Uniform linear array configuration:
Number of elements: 32
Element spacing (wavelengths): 0.5
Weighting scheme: hamming
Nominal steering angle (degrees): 30
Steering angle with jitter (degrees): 28.322
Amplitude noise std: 0.05
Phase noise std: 0.05

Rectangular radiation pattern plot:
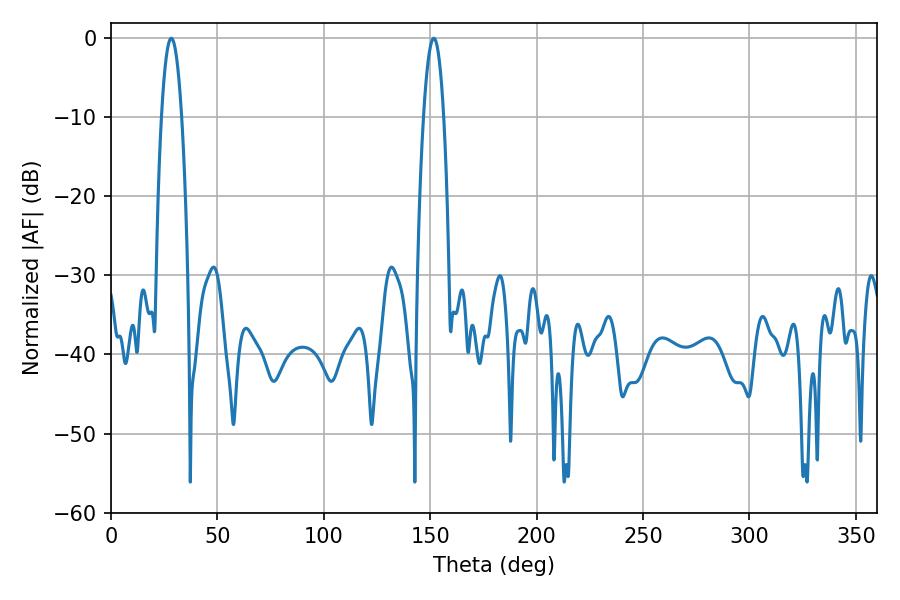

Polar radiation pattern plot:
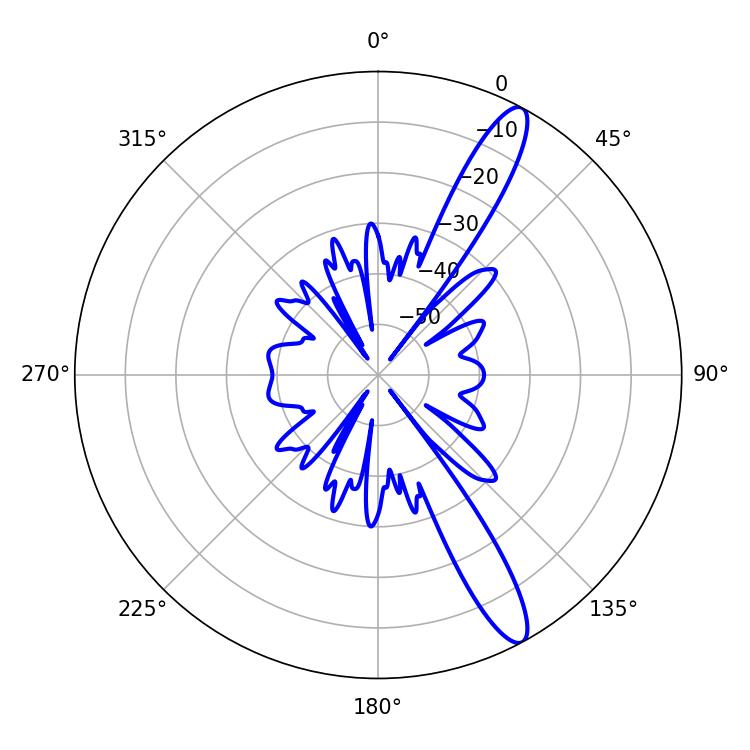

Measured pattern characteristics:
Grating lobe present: FALSE
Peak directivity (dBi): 13.286
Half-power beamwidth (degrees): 5.22
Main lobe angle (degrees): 151.74